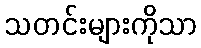
သတင်းများကိုသာ